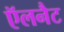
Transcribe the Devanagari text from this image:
ऍलनैट